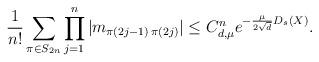
LaTeX: \begin{align*}\frac{1}{n!}\sum_{\pi\in S_{2n}} \prod_{j=1}^n |m_{\pi(2j-1)\, \pi(2j)}|\leq C_{d,\mu}^n e^{-\frac{\mu}{2\sqrt{d}}D_s(X)}.\end{align*}